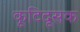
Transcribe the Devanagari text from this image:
कूटिदूसक